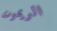
الريموت